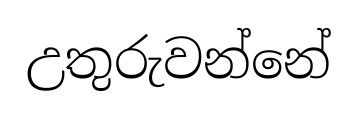
උතුරුවන්නේ